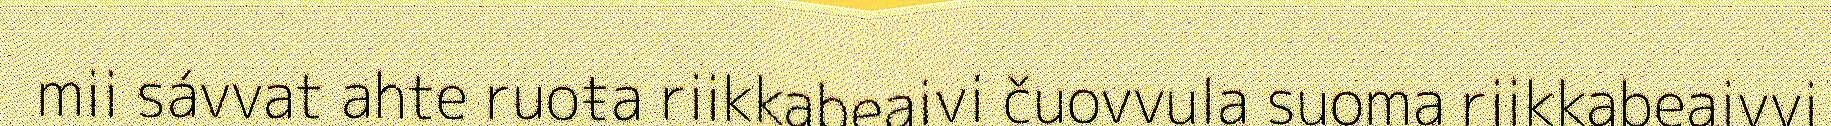
mii sávvat ahte ruoŧa riikkabeaivi čuovvula suoma riikkabeaivvi